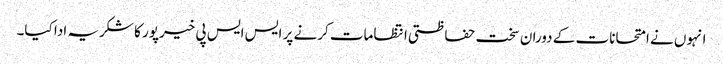
انہوں نے امتحانات کے دوران سخت حفاظتی انتظامات کرنے پر ایس ایس پی خیرپور کا شکریہ ادا کیا۔